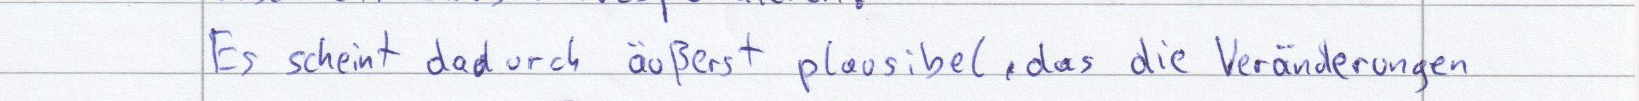
Es scheint dadurch äußerst plausibel, das die Veränderungen